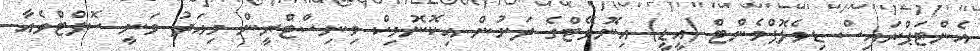
އެންޓަޕްރައިސް ޑިވެލޮޕްމެންޓް (އީޑީ) އިނޮވޭޓްގެ ދަށުން އިކޮނޮމިކް މިނިސްޓްރީން މިއަދު ވަނީ ސޮފްޓްވެއާ